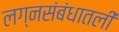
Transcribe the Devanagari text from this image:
लग्नसंबंधातली